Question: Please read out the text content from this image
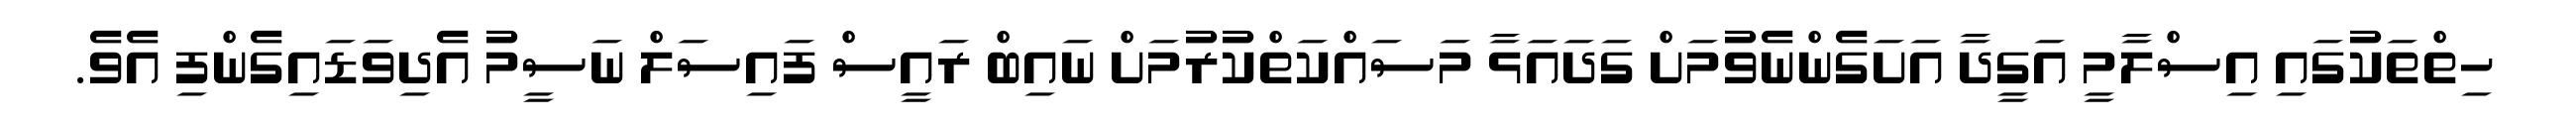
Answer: ހިތްތަކުގައި އިސްލާމީ އަގީދާ އަށަގެންނެވުމަށް ގަދައަޅާ މަސައްކަތްކުރުމަށް ނައިބް ރައީސް ފައިސަލް ނަސީމު އެދިވަޑައިގެންފި އެވެ.